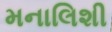
મનાલિશી